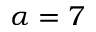
\alpha = 7